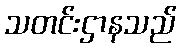
သတင်းဌာနသည်